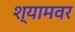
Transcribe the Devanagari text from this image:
श्यामवर